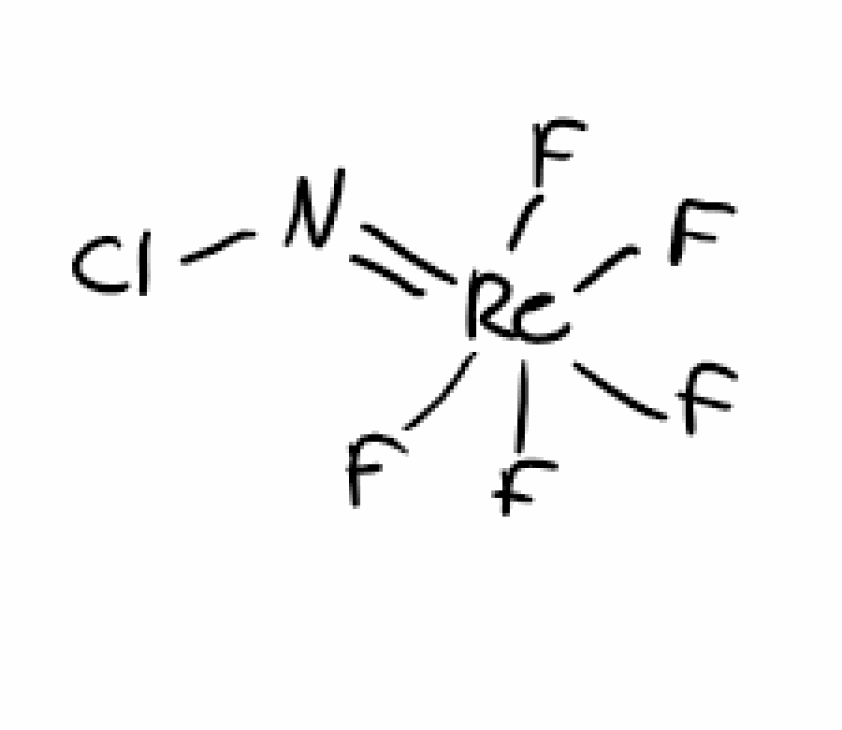
Simplified molecular-input line-entry system (SMILES) notation of the given molecule:
N(=[Re](F)(F)(F)(F)F)Cl